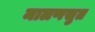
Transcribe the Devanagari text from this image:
मालणसुत